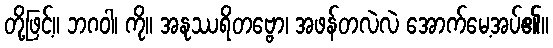
တို့ဖြင့်။ ဘဂဝါ၊ ကို။ အနုဿရိတဗ္ဗော၊ အဖန်တလဲလဲ အောက်မေ့အပ်၏။